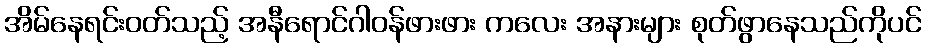
အိမ်နေရင်းဝတ်သည့် အနီရောင်ဂါဝန်ဖားဖား ကလေး အနားများ စုတ်ဖွာနေသည်ကိုပင်